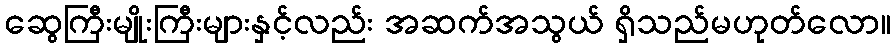
ဆွေကြီးမျိုးကြီးများနှင့်လည်း အဆက်အသွယ် ရှိသည်မဟုတ်လော။